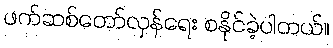
ဖက်ဆစ်တော်လှန်ရေး စနိုင်ခဲ့ပါတယ်။